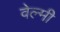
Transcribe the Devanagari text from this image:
वेल्मी